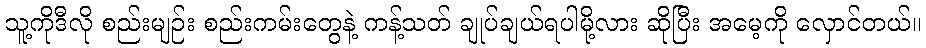
သူ့ကိုဒီလို စည်းမျဉ်း စည်းကမ်းတွေနဲ့ ကန့်သတ် ချုပ်ချယ်ရပါမို့လား ဆိုပြီး အမေ့ကို လှောင်တယ်။